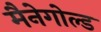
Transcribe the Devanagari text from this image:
मैनेगोल्ड